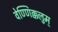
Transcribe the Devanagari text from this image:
वेण्णिक्कलुम्